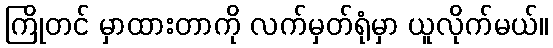
ကြိုတင် မှာထားတာကို လက်မှတ်ရုံမှာ ယူလိုက်မယ်။